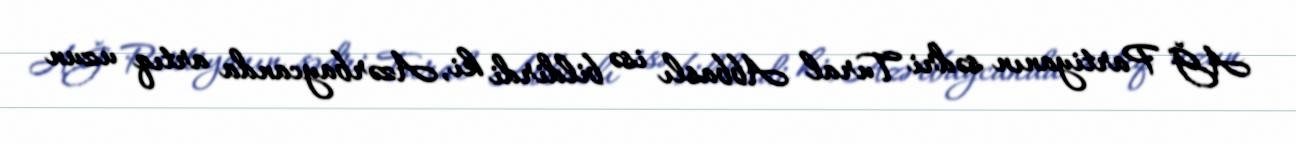
AĞ Partiyanın sədri Tural Abbaslı isə bildirdi ki, Azərbaycanda artıq uzun